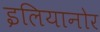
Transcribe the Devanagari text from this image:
इलियानोर